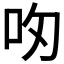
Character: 𪠴